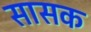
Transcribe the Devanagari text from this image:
सासक